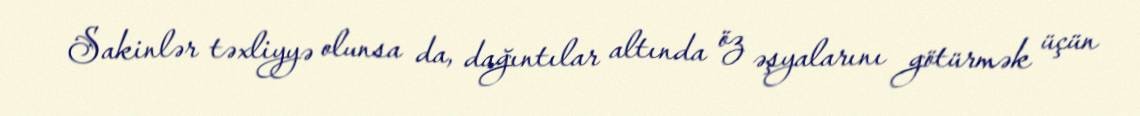
Sakinlər təxliyyə olunsa da, dağıntılar altında öz əşyalarını götürmək üçün